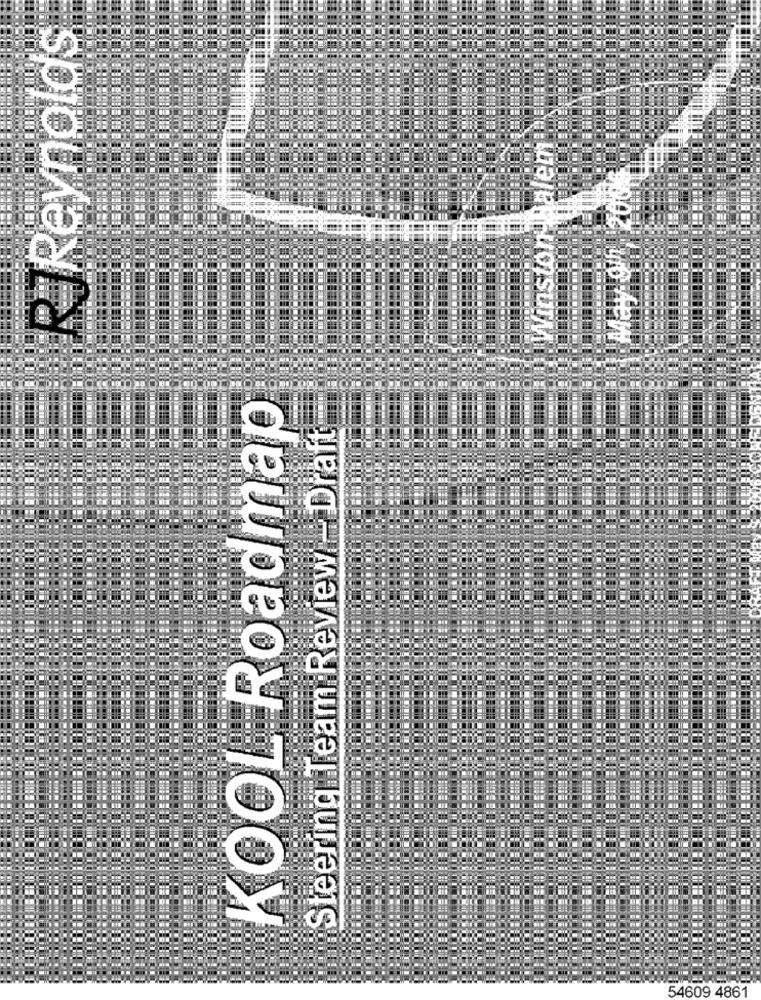
Reynolds
PUOISUT
KOOL Roadmap
Steering Team Review - Draft
54609 4861